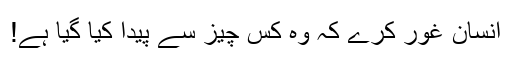
انسان غور کرے کہ وہ کس چیز سے پیدا کیا گیا ہے!